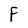
Character: F